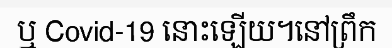
ឬ Covid-19 នោះឡើយ។នៅព្រឹក